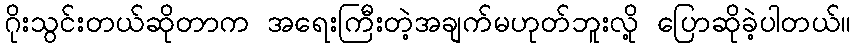
ဂိုးသွင်းတယ်ဆိုတာက အရေးကြီးတဲ့အချက်မဟုတ်ဘူးလို့ ပြောဆိုခဲ့ပါတယ်။